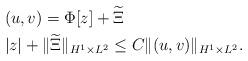
LaTeX: \begin{align*}\begin{aligned} &(u,v)=\Phi[z] +\widetilde \Xi \\& |z | +\| \widetilde \Xi \|_{H^1\times L^2}\le C \| (u,v)\|_{H^1\times L^2} .\end{aligned}\end{align*}